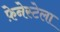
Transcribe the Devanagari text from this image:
फ़ेनेस्टेला